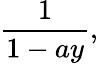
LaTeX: {\frac{1}{1-ay}},